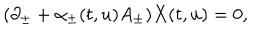
( \partial _ { \pm } + \alpha _ { \pm } ( t , u ) A _ { \pm } ) X ( t , u ) = 0 ,